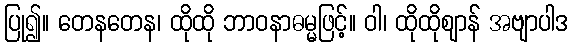
ပြု၍။ တေနတေန၊ ထိုထို ဘာဝနာဓမ္မဖြင့်။ ဝါ၊ ထိုထိုဈာန် အဗျာပါဒ